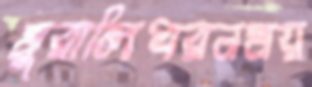
মুরালিধরনময়